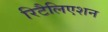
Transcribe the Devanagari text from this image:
रिटैलिएशन